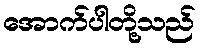
အောက်ပါတို့သည်